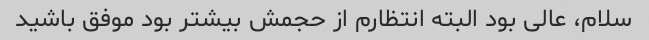
سلام، عالی بود البته انتظارم از حجمش بیشتر بود موفق باشید